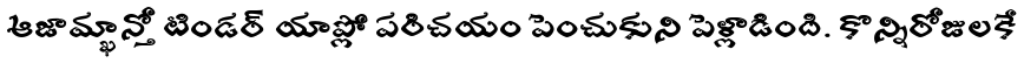
ఆజామ్ఖాన్తో టిండర్ యాప్లో పరిచయం పెంచుకుని పెళ్లాడింది. కొన్నిరోజులకే